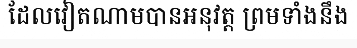
ដែលវៀតណាមបានអនុវត្ត ព្រមទាំងនឹង